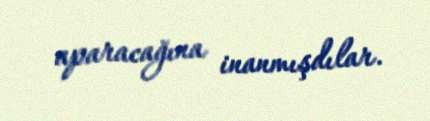
aparacağına inanmışdılar.